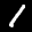
Label: 1